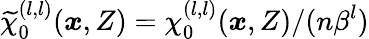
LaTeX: \widetilde{\chi}_{0}^{(l,l)}(\boldsymbol{x},Z)=\chi_{0}^{(l,l)}(\boldsymbol{x},Z)/(n\beta^{l})